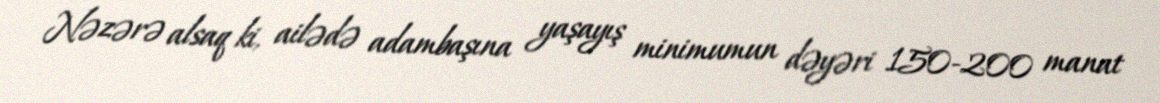
Nəzərə alsaq ki, ailədə adambaşına yaşayış minimumun dəyəri 150-200 manat